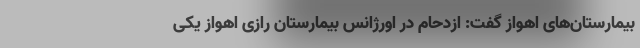
بیمارستان‌های اهواز گفت: ازدحام در اورژانس بیمارستان رازی اهواز یکی